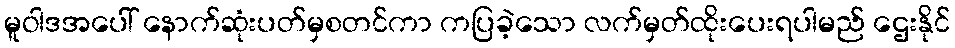
မူဝါဒအပေါ် နောက်ဆုံးပတ်မှစတင်ကာ ကပြခဲ့သော လက်မှတ်ထိုးပေးရပါမည် ဌေးနိုင်